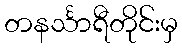
တနင်္သာရီတိုင်းမှ